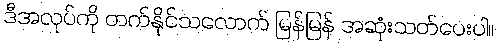
ဒီအလုပ်ကို တက်နိုင်သလောက် မြန်မြန် အဆုံးသတ်ပေးပါ။